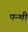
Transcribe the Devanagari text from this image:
पन्थी